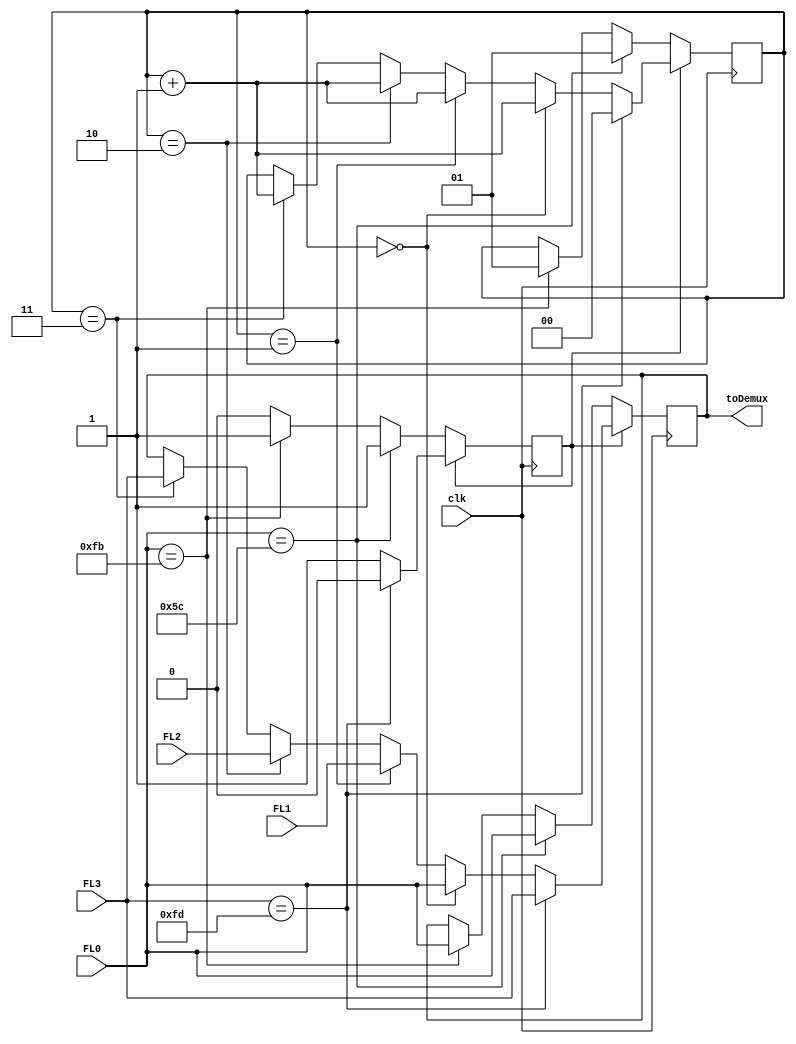
`timescale 1ns/1ps

module unstriping (clk, FL0, FL1, FL2, FL3, toDemux);
    input clk;
    input [7:0] FL0; //FromeLane 0
    input [7:0] FL1; //FromeLane 1
    input [7:0] FL2; //FromeLane 2
    input [7:0] FL3; //FromeLane 3

    output [7:0] toDemux;

    reg [7:0] toDemux;

    reg [1:0] c; //Contador para ver que lane se debe usar
    reg D; // D=0 => no estamos transmitiendo datos || D=1 => estamos transmitiendo datos


    parameter COM = 8'hBC,PAD = 8'hF7,SKP = 8'h1C,STP = 8'hFB, SDP = 8'h5C ;
    parameter END = 8'hFD,EDB = 8'hFE,FTS = 8'h3C,IDL = 8'h7C;

    always @ (posedge clk) begin
      if (D) begin
        if (FL3 == END) begin
          toDemux = FL3;
          D=0;
          c=2'b00;
        end else begin
          if (c==2'b00) begin
                toDemux=FL0;
                c = c+1;
            end else if (c==2'b01) begin
                toDemux=FL1;
                c = c+1;
                
            end else if (c==2'b10) begin
                toDemux=FL2;
                c = c+1;
                
            end else if (c==2'b11) begin
                toDemux = FL3;
                c = c+1;
                end  
        end
      end else begin
        if (FL0 == STP) begin
          D=1;
          toDemux = FL0;
          c = 2'b01;
        end
        if (FL0 == SDP) begin
          D=1;
          toDemux = FL0;
          c = 2'b01;
        end
      end
    end
endmodule